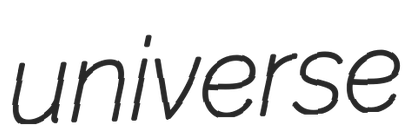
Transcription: universe